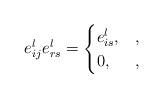
LaTeX: \begin{align*} e_{ij}^le_{rs}^l = \begin{cases} e_{is}^l, &,\\ 0, &, \end{cases}\end{align*}